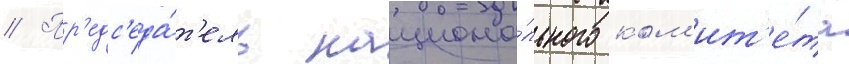
// Пр'едс'еда́т'ель национа́льного ком'ит'е́та